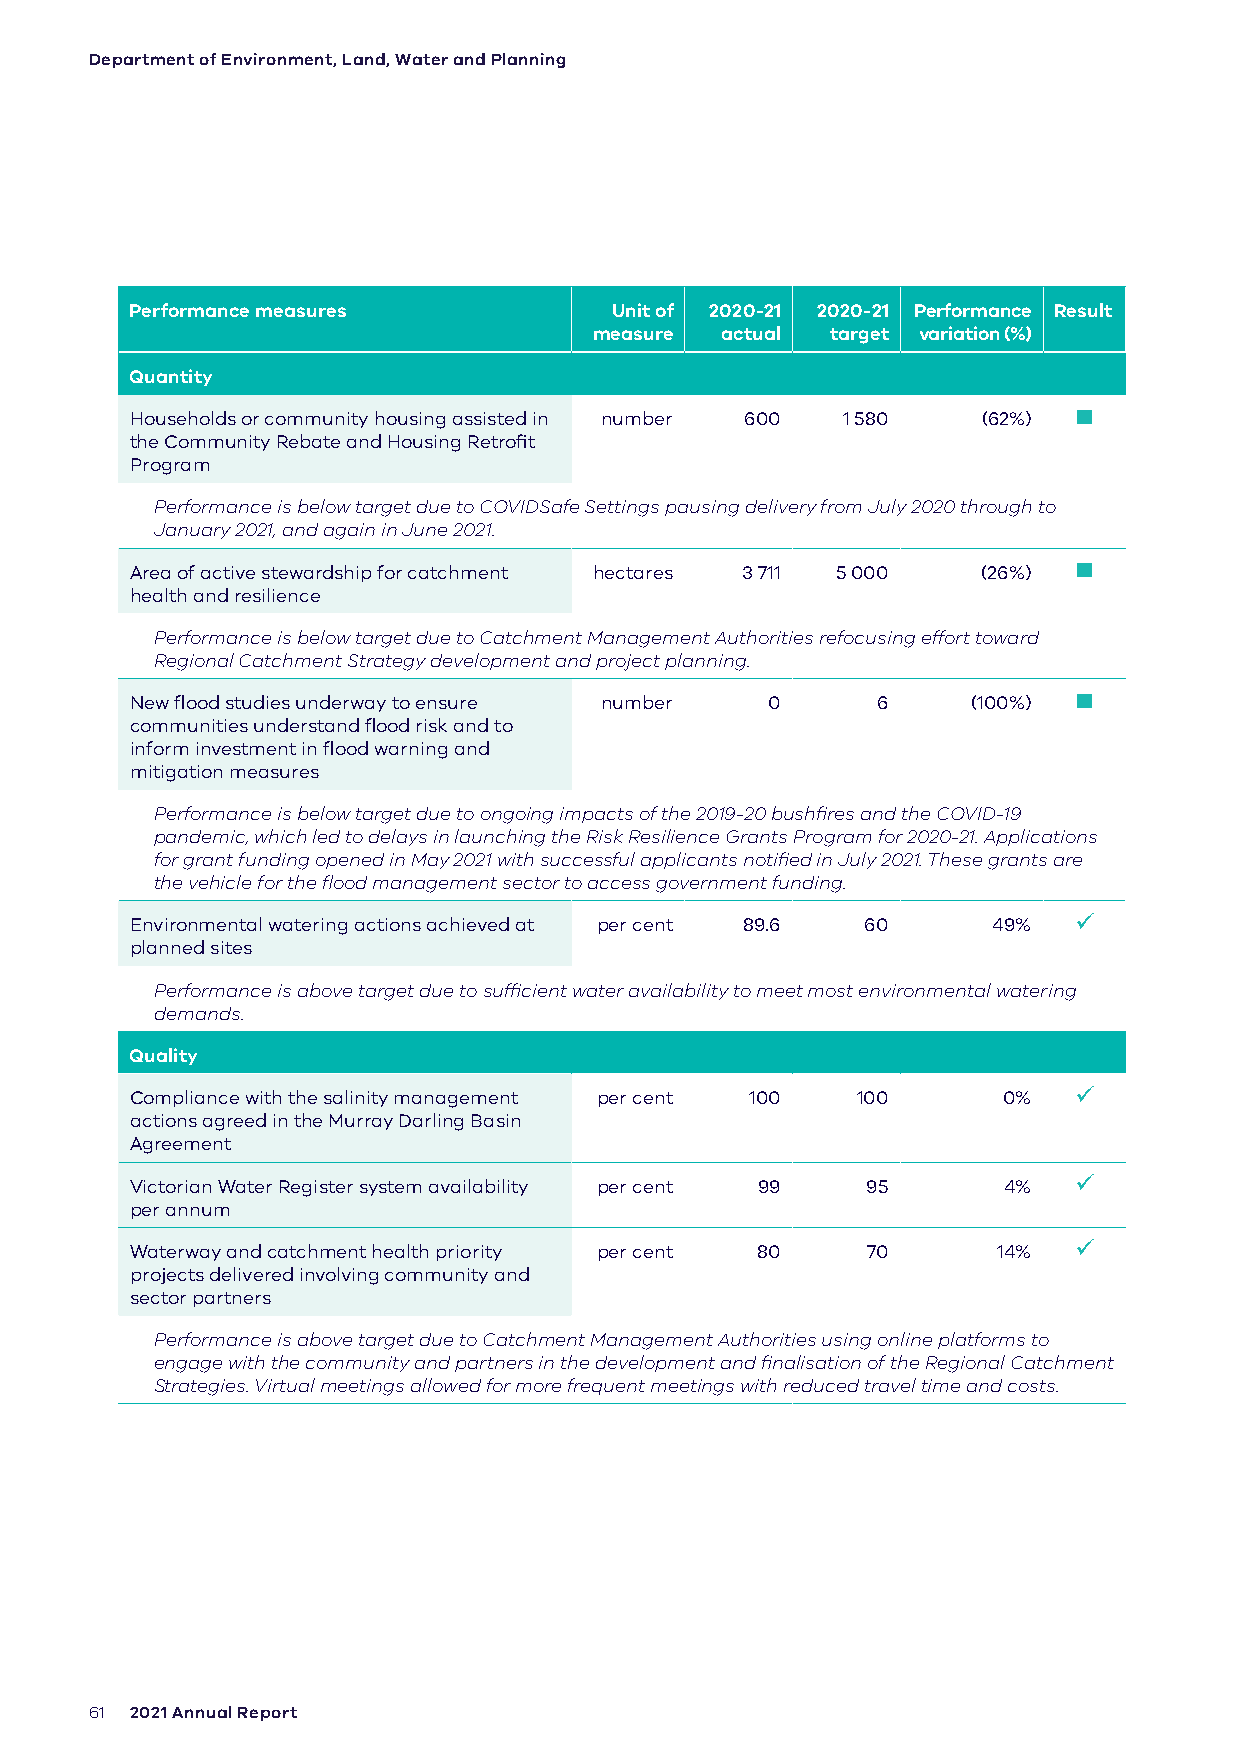
Department of Environment, Land, Water and Planning
 Performance measures           Unit of 2020-21 2020-21 Performance Result
 measure  actual target variation (%)
 Quantity
 Households or community housing assisted in number 600 1 580 (62%) 
 the Community Rebate and Housing Retrofit
 Program
 Performance is below target due to COVIDSafe Settings pausing delivery from July 2020 through to
 January 2021, and again in June 2021.
 Area of active stewardship for catchment hectares 3 711 5 000 (26%) 
 health and resilience
 Performance is below target due to Catchment Management Authorities refocusing effort toward
 Regional Catchment Strategy development and project planning.
 New flood studies underway to ensure number 0    6     (100%) 
 communities understand flood risk and to
 inform investment in flood warning and
 mitigation measures
 Performance is below target due to ongoing impacts of the 2019-20 bushfires and the COVID-19
 pandemic, which led to delays in launching the Risk Resilience Grants Program for 2020-21. Applications
 for grant funding opened in May 2021 with successful applicants notified in July 2021. These grants are
 the vehicle for the flood management sector to access government funding.
 Environmental watering actions achieved at per cent 89.6 60 49% 
 planned sites
 Performance is above target due to sufficient water availability to meet most environmental watering
 demands.
 Quality
 Compliance with the salinity management per cent 100 100 0%   
 actions agreed in the Murray Darling Basin
 Agreement
 Victorian Water Register system availability per cent 99 95 4% 
 per annum
 Waterway and catchment health priority per cent 80 70    14%  
 projects delivered involving community and
 sector partners
 Performance is above target due to Catchment Management Authorities using online platforms to
 engage with the community and partners in the development and finalisation of the Regional Catchment
 Strategies. Virtual meetings allowed for more frequent meetings with reduced travel time and costs.
 61 2021 Annual Report